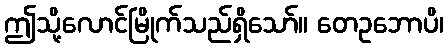
ဤသို့လောင်မြိုက်သည်ရှိသော်။ တေဥဘောပိ၊